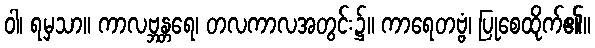
ဝါ၊ ရမှသာ။ ကာလဗ္ဘန္တရေ၊ တလကာလအတွင်း၌။ ကာရေတဗ္ဗံ၊ ပြုစေထိုက်၏။